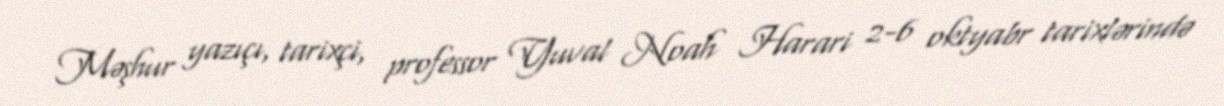
Məşhur yazıçı, tarixçi, professor Yuval Noah Harari 2-6 oktyabr tarixlərində